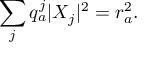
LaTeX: \sum _ { j } q _ { a } ^ { j } | X _ { j } | ^ { 2 } = r _ { a } ^ { 2 } .